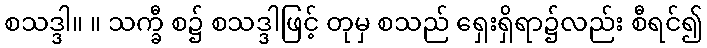
စသဒ္ဒါ။ ။ သက္ခီ စ၌ စသဒ္ဒါဖြင့် တုမှ စသည် ရှေးရှိရာ၌လည်း စီရင်၍